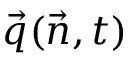
\vec { q } ( \vec { n } , t )